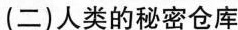
(二)人类的秘密仓库